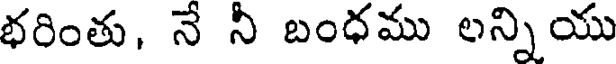
భరింతు, నే నీ బంధము లన్నియు